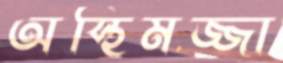
অস্থিমজ্জা